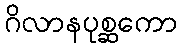
ဂိလာနပုစ္ဆကော